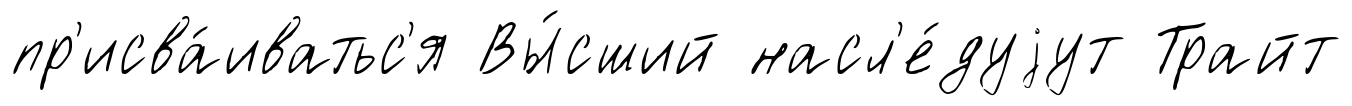
пр'исва́иватьс'я Вы́сший насл'е́дуjут Трайт